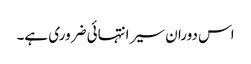
اس دوران سیر انتہائی ضروری ہے۔